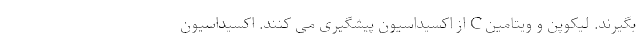
بگیرند. لیکوپن و ویتامین C از اکسیداسیون پیشگیری می کنند. اکسیداسیون